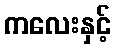
ကလေးနှင့်